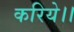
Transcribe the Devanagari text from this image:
करिये।।